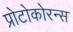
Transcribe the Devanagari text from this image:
प्रोटोकोरन्स